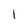
Character: 1